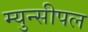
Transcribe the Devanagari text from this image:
म्युन्सीपल